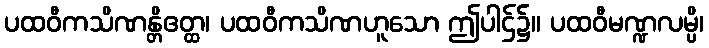
ပထဝီကသိဏန္တိဧတ္ထ၊ ပထဝီကသိဏဟူသော ဤပါဌ်၌။ ပထဝီမဏ္ဍလမ္ပိ၊